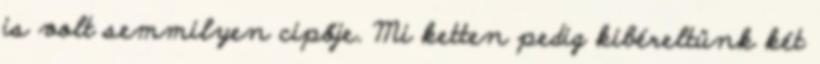
is volt semmilyen cipője. Mi ketten pedig kibéreltünk két